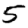
Digit: 5